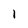
Character: 1